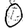
Digit: 0